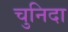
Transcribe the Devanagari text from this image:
चुनिदा